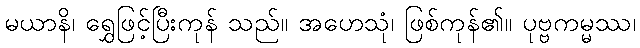
မယာနိ၊ ရွှေဖြင့်ပြီးကုန် သည်။ အဟေသုံ၊ ဖြစ်ကုန်၏။ ပုဗ္ဗကမ္မဿ၊